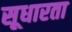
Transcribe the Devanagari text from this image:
सूधारता